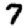
Digit: 7